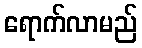
ရောက်လာမည်